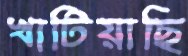
খাটিয়াছি